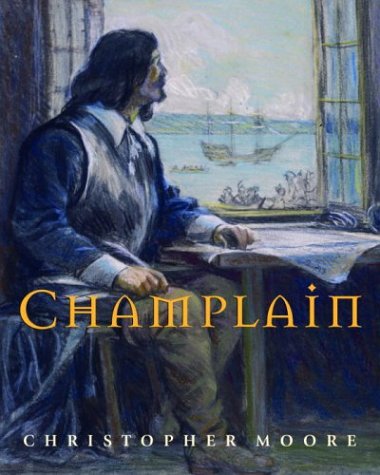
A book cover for Champlain; Christopher Moore; Children's Books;